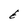
Character: 6